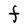
Character: F